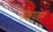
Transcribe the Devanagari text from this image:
मोक्षधाम